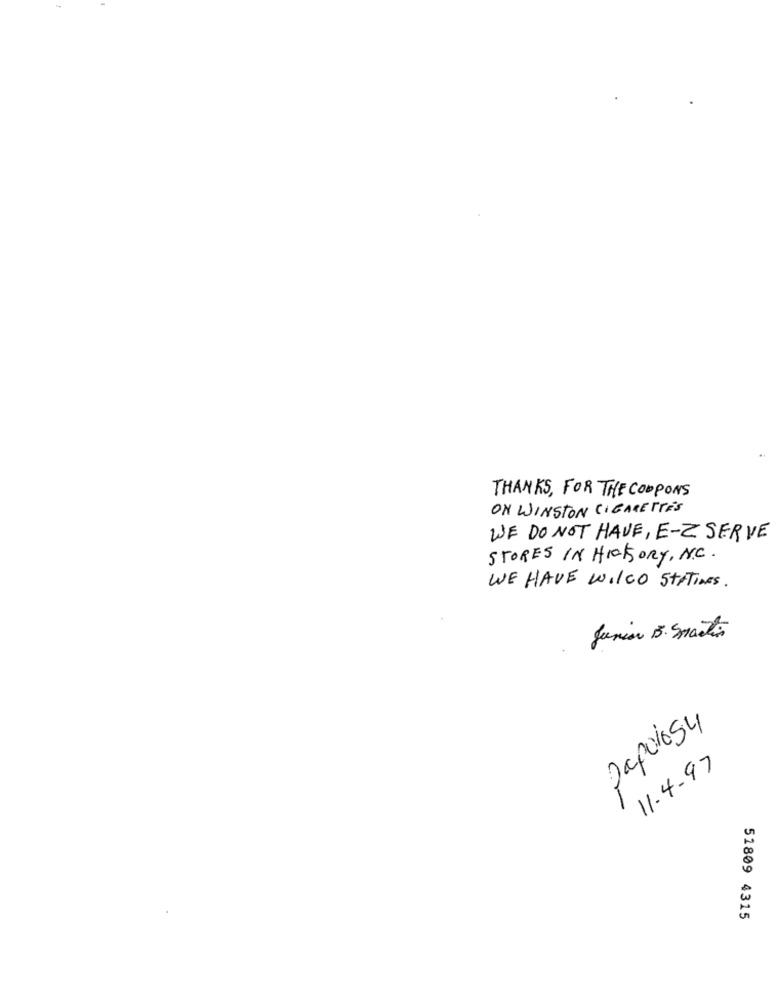
THANKS, FOR THE COUPONS
ON WINSTON CIGARETTES
WE DO NOT HAVE, E-Z SERVE
STORES IN HICKORY, N.C.
WE HAVE WILCO STATINES.
Junior B. Martin
papoios
11.4.97
51809 4315